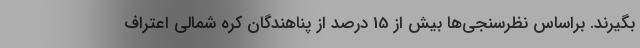
بگیرند. براساس نظرسنجی‌ها بیش از 15 درصد از پناهندگان کره شمالی اعتراف